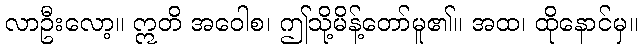
လာဦးလော့။ ဣတိ အဝေါစ၊ ဤသို့မိန့်တော်မူ၏။ အထ၊ ထိုနောင်မှ။